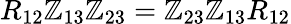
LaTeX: R_{12}\mathbb{Z}_{13}\mathbb{Z}_{23}=\mathbb{Z}_{23}\mathbb{Z}_{13}R_{12}